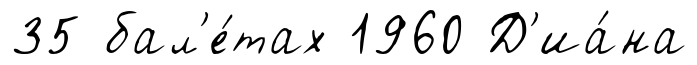
35 бал'е́тах 1960 Д'иа́на